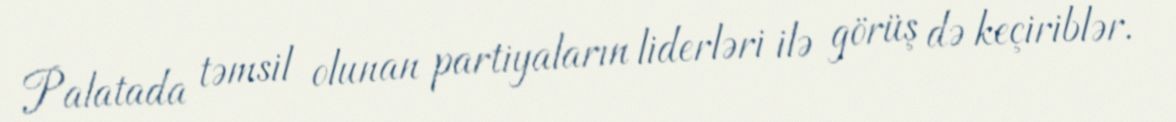
Palatada təmsil olunan partiyaların liderləri ilə görüş də keçiriblər.